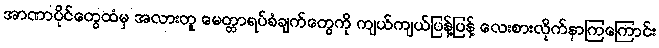
အာဏာပိုင်တွေထံမှ အလားတူ မေတ္တာရပ်ခံချက်တွေကို ကျယ်ကျယ်ပြန့်ပြန့် လေးစားလိုက်နာကြကြောင်း